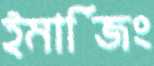
ইমার্জিং